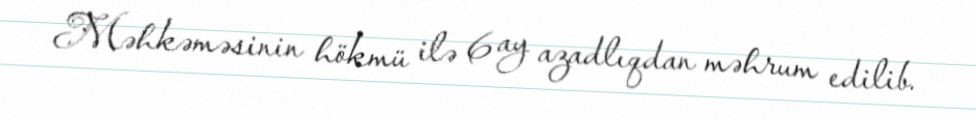
Məhkəməsinin hökmü ilə 6 ay azadlıqdan məhrum edilib.